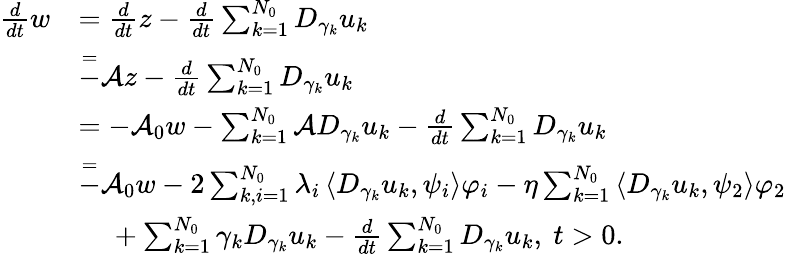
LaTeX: \begin{array}{rl}{\frac{d}{dt}w}&{=\frac{d}{dt}z-\frac{d}{dt}\sum_{k=1}^{N_{0}}D_{\gamma_{k}}u_{k}}\\ &{\overset{=}-\mathcal{A}z-\frac{d}{dt}\sum_{k=1}^{N_{0}}D_{\gamma_{k}}u_{k}}\\ &{=-\mathcal{A}_{0}w-\sum_{k=1}^{N_{0}}\mathcal{A}D_{\gamma_{k}}u_{k}-\frac{d}{dt}\sum_{k=1}^{N_{0}}D_{\gamma_{k}}u_{k}}\\ &{\overset{=}-\mathcal{A}_{0}w-2\sum_{k,i=1}^{N_{0}}\lambda_{i}\left<D_{\gamma_{k}}u_{k},\psi_{i}\right>\varphi_{i}-\eta\sum_{k=1}^{N_{0}}\left<D_{\gamma_{k}}u_{k},\psi_{2}\right>\varphi_{2}}\\ &{\phantom{=}\; +\sum_{k=1}^{N_{0}}\gamma_{k}D_{\gamma_{k}}u_{k}-\frac{d}{dt}\sum_{k=1}^{N_{0}}D_{\gamma_{k}}u_{k},\ t>0.}\end{array}